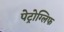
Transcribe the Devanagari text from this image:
पेट्रोग्लिफ